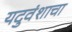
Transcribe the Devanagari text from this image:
यदुवंशाचा